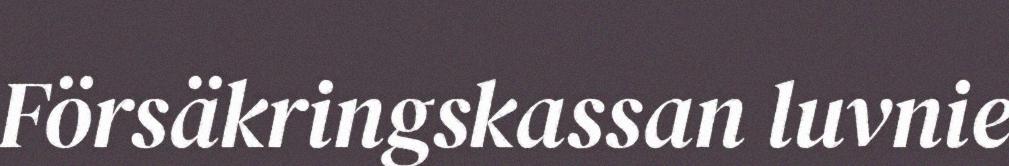
Försäkringskassan luvnie